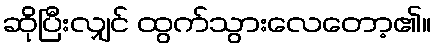
ဆိုပြီးလျှင် ထွက်သွားလေတော့၏။